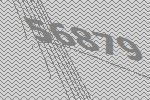
56879